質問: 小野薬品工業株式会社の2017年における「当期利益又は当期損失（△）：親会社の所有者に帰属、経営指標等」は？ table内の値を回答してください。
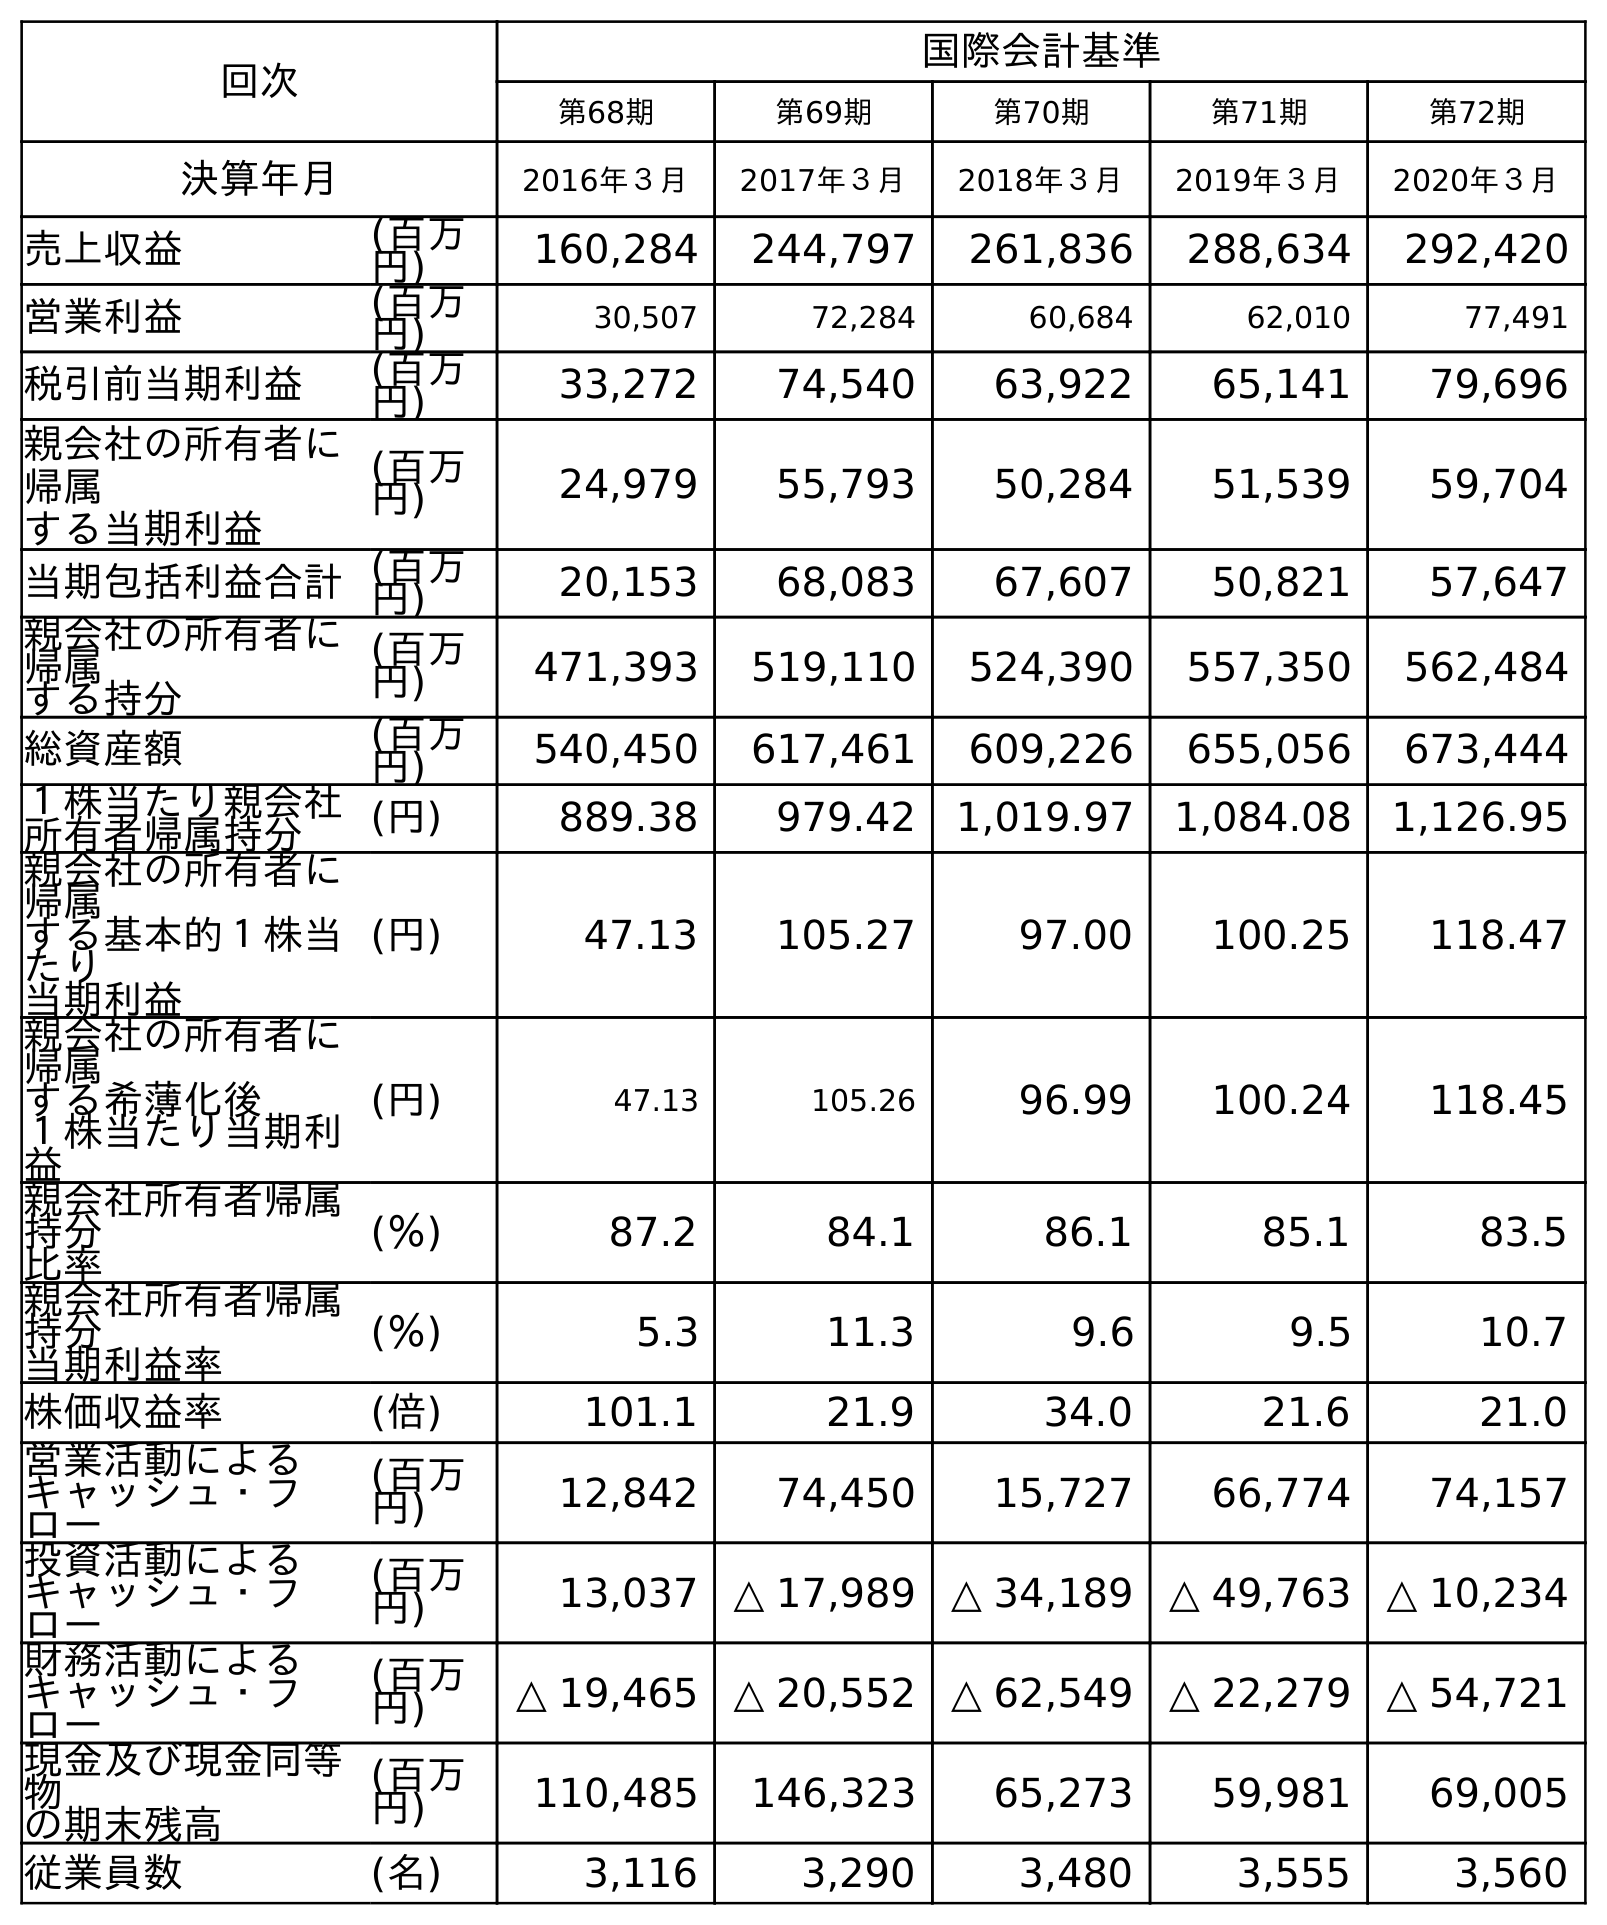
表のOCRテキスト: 回次 国際会計基準 第68期 第69期 第70期 第71期 第72期 決算年月 2016年３月 2017年３月 2018年３月 2019年３月 2020年３月 売上収益 (百万 円) 160,284 244,797 261,836 288,634 292,420 営業利益 (百万 円) 30,507 72,284 60,684 62,010 77,491 税引前当期利益 (百万 円) 33,272 74,540 63,922 65,141 79,696 親会社の所有者に 帰属 する当期利益 (百万 円) 24,979 55,793 50,284 51,539 59,704 当期包括利益合計(百万 円) 20,153 68,083 67,607 50,821 57,647 親会社の所有者に 帰属 する持分 (百万 円) 471,393 519,110 524,390 557,350 562,484 総資産額 (百万 円) 540,450 617,461 609,226 655,056 673,444 １株当たり親会社 所有者帰属持分 (円) 889.38 979.42 1,019.97 1,084.08 1,126.95 親会社の所有者に 帰属 する基本的１株当 たり 当期利益 (円) 47.13 105.27 97.00 100.25 118.47 親会社の所有者に 帰属 する希薄化後 １株当たり当期利 益 (円) 47.13 105.26 96.99 100.24 118.45 親会社所有者帰属 持分 比率 (％) 87.2 84.1 86.1 85.1 83.5 親会社所有者帰属 持分 当期利益率 (％) 5.3 11.3 9.6 9.5 10.7 株価収益率 (倍) 101.1 21.9 34.0 21.6 21.0 営業活動による キャッシュ・フ ロー (百万 円) 12,842 74,450 15,727 66,774 74,157 投資活動による キャッシュ・フ ロー (百万 円) 13,037 △ 17,989 △ 34,189 △ 49,763 △ 10,234 財務活動による キャッシュ・フ ロー (百万 円) △ 19,465 △ 20,552 △ 62,549 △ 22,279 △ 54,721 現金及び現金同等 物 の期末残高 (百万 円) 110,485 146,323 65,273 59,981 69,005 従業員数 (名) 3,116 3,290 3,480 3,555 3,560
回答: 55,793